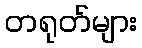
တရုတ်များ